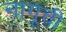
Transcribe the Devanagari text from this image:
नागूची